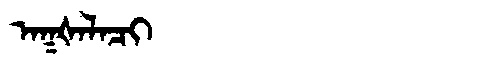
Manchu: ᠠᡴᡧᠠᠯᠠᠴᡳ
Romanization: AKŠALACI